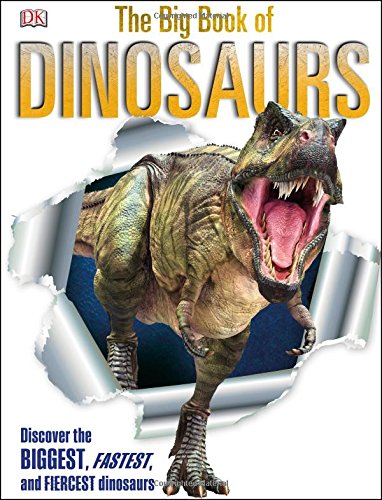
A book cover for The Big Book of Dinosaurs; DK Publishing; Children's Books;